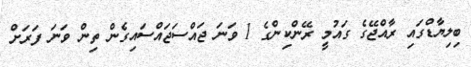
ބިލިޔާޑްގައި ރާއްޖޭގެ ގައުމީ ރޭންކިންގެ 1 ވަނަ ޖައްސަޖައްސައިގެން ތިން ވަނަ ފަަރަށް